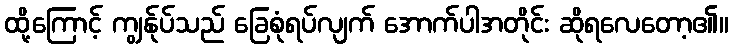
ထို့ကြောင့် ကျွန်ုပ်သည် ခြေစုံရပ်လျက် အောက်ပါအတိုင်း ဆိုရလေတော့၏။